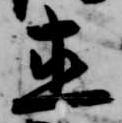
直